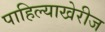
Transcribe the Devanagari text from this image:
पाहिल्याखेरीज